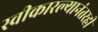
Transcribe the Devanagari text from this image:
स्वीकारल्यानंतरही